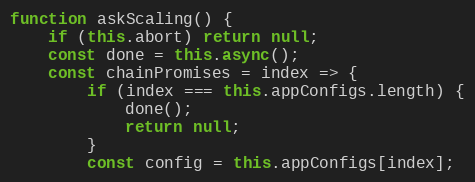
Language: JavaScript
function askScaling() {
    if (this.abort) return null;
    const done = this.async();
    const chainPromises = index => {
        if (index === this.appConfigs.length) {
            done();
            return null;
        }
        const config = this.appConfigs[index];